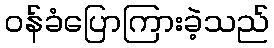
ဝန်ခံပြောကြားခဲ့သည်